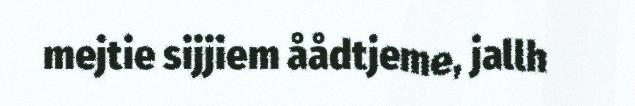
mejtie sijjiem åådtjeme, jallh